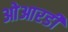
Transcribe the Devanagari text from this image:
ओआरडी